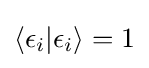
\langle \epsilon _{i}|\epsilon _{i}\rangle =1